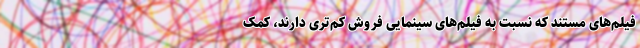
فیلم‌های مستند که نسبت به فیلم‌های سینمایی فروش کم‌تری دارند، کمک